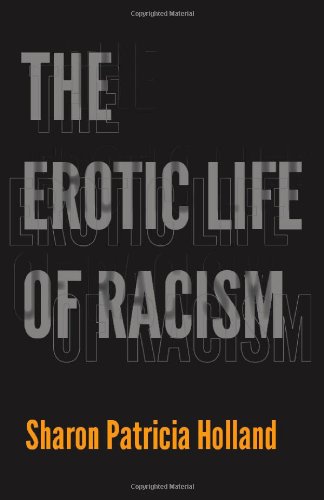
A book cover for The Erotic Life of Racism; Sharon Patricia Holland; Politics & Social Sciences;